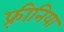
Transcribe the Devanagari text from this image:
फ़्रीनिया